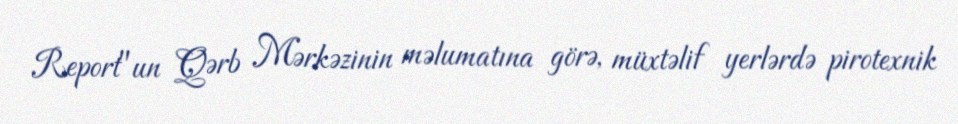
Report"un Qərb Mərkəzinin məlumatına görə, müxtəlif yerlərdə pirotexnik